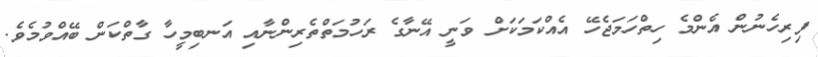
ފިރިހެނުން އެންމެ ހިތްހަމަޖެހޭ އެއްކަމަކަށް ވަނީ އޭނާގެ ރަހުމަތްތެރިންނާއި އަނބިމީހާ ގާތްކަން ބޭއްވުމެވެ.